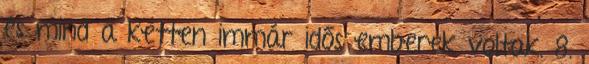
és mind a ketten immár idős emberek voltak. 8.